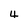
Character: 4